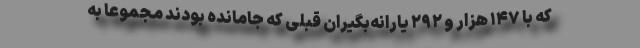
که با ۱۴۷ هزار و ۲۹۲ یارانه‌بگیران قبلی که جامانده بودند مجموعاً به